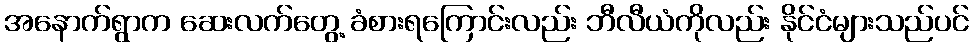
အနောက်ရွာက ဆေးလက်တွေ့ ခံစားရကြောင်းလည်း ဘီလီယံကိုလည်း နိုင်ငံများသည်ပင်